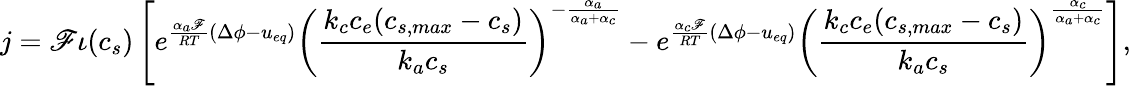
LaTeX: j=\mathscr{F}\iota(c_{s})\left[e^{\frac{{\alpha_{a}\mathscr{F}}}{{RT}}\left(\Delta\phi-u_{eq}\right)}\left(\frac{{k_{c}c_{e}(c_{s,max}-c_{s})}}{{k_{a}c_{s}}}\right)^{-\frac{{\alpha_{a}}}{{\alpha_{a}+\alpha_{c}}}}-e^{\frac{{\alpha_{c}\mathscr{F}}}{{RT}}\left(\Delta\phi-u_{eq}\right)}\left(\frac{{k_{c}c_{e}(c_{s,max}-c_{s})}}{{k_{a}c_{s}}}\right)^{\frac{{\alpha_{c}}}{{\alpha_{a}+\alpha_{c}}}}\right],